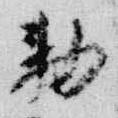
勅